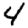
Digit: 4